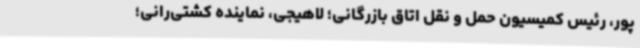
پور، رئیس کمیسیون حمل و نقل اتاق بازرگانی؛ لاهیجی، نماینده کشتی‌رانی؛